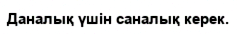
Даналық үшін саналық керек.